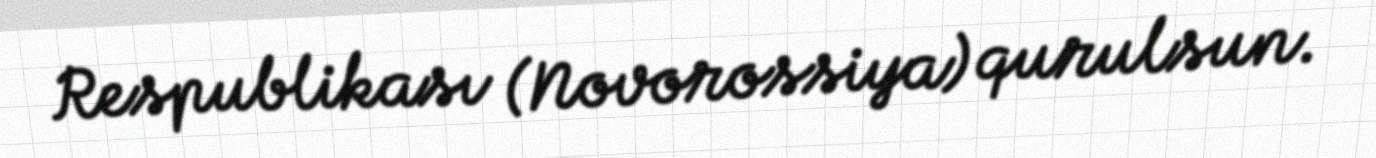
Respublikası (Novorossiya) qurulsun.